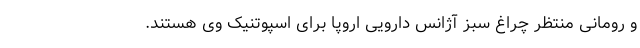
و رومانی منتظر چراغ سبز آژانس دارویی اروپا برای اسپوتنیک وی هستند.